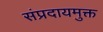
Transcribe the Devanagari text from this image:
संप्रदायमुक्त